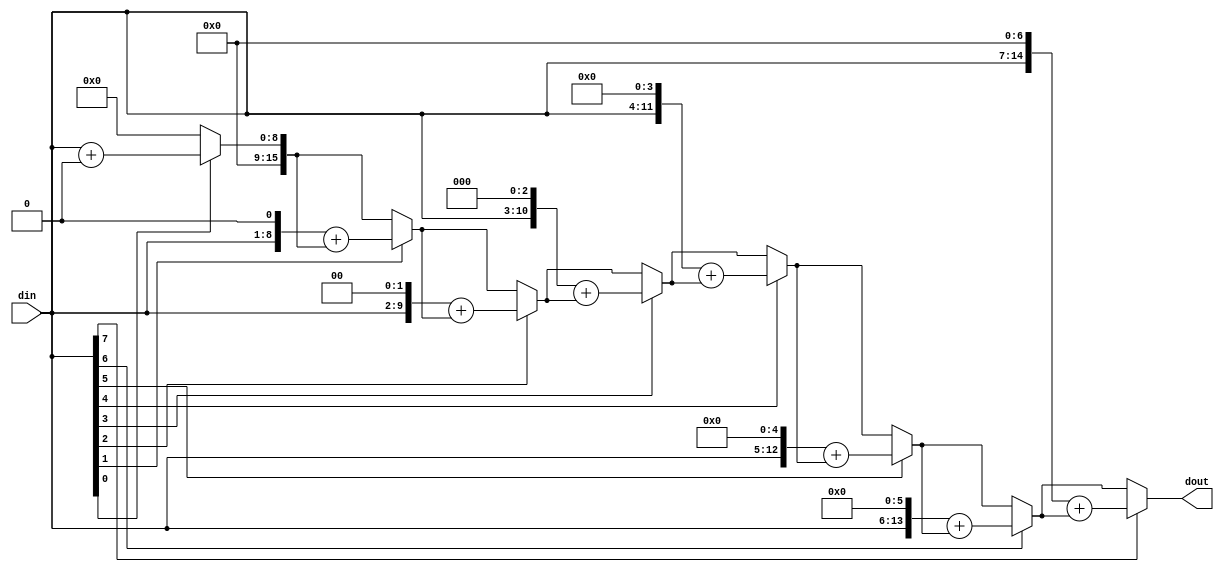
module multi(input [7:0] din, output reg [15:0] dout);
reg[3:0] i;
 
always@(*)
begin
	dout = 0 ;
	for(i = 0 ; i <8 ; i = i + 1)
	begin
		if(din[i] == 1)
		begin
			dout = (din <<i) + dout;
		end
		else dout = dout;
	end
	i = 0;
end


endmodule